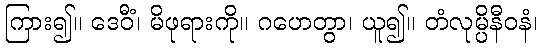
ကြား၍။ ဒေဝီံ၊ မိဖုရားကို။ ဂဟေတွာ၊ ယူ၍။ တံလုမ္ပိနီဝနံ၊